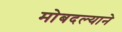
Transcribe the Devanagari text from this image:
मोबदल्याने